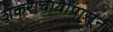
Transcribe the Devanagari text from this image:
शंकराचार्यांपासून